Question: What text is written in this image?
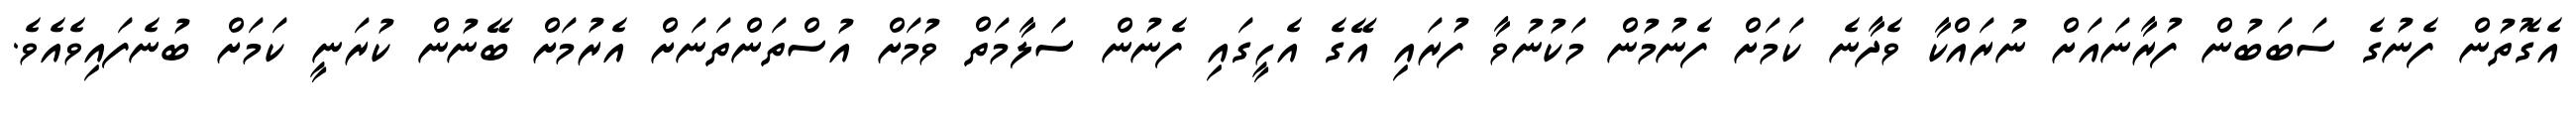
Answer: އެގޮތުން ފެނުގެ ސަބަބުން ފުރާނައަށް ނުރައްކާ ވެދާނެ ކަމަށް ފެނުމުން މަކުނުވާ ފުރައި އޭގެ އެހީގައި ފެނުން ސަލާމަތް ވުމަށް އުސްތަންތަނަށް އެރުމަށް ބޭނުން ކުރަނީ ކަމަށް ބުނެފައިވެއެވެ.